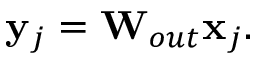
\mathbf { y } _ { j } = \mathbf { W } _ { o u t } \mathbf { x } _ { j } .